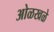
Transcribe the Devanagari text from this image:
ओळखळे